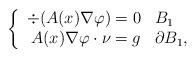
LaTeX: \begin{align*}\left\{\begin{array}{rl}\div(A(x) \nabla \varphi) = 0 & B_1\\A(x) \nabla \varphi \cdot \nu = g & \partial B_1,\end{array}\right.\end{align*}